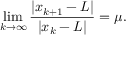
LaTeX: \operatorname* { l i m } _ { k \to \infty } { \frac { | x _ { k + 1 } - L | } { | x _ { k } - L | } } = \mu .